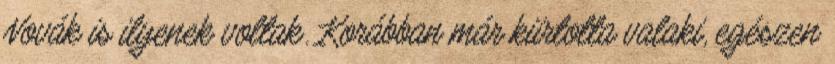
Novák is ilyenek voltak. Korábban már kiirtotta valaki, egészen